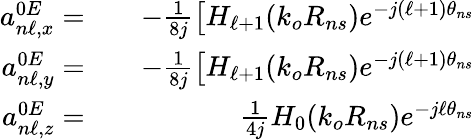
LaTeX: \begin{array}{rlr}{a_{n\ell,x}^{0E}=}&{{}}&{-\frac{1}{8j}\left[H_{\ell+1}(k_{o}R_{ns})e^{-j(\ell+1)\theta_{ns}}\right.}\\ {a_{n\ell,y}^{0E}=}&{{}}&{-\frac{1}{8j}\left[H_{\ell+1}(k_{o}R_{ns})e^{-j(\ell+1)\theta_{ns}}\right.}\\ {a_{n\ell,z}^{0E}=}&{{}}&{\frac{1}{4j}H_{0}(k_{o}R_{ns})e^{-j\ell\theta_{ns}}}\end{array}